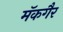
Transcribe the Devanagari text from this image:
मॅकगैर